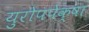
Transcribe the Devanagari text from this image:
युरोपपेक्षा